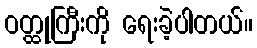
ဝတ္ထုကြီးကို ရေးခဲ့ပါတယ်။